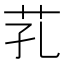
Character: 芤